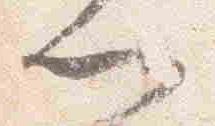
門